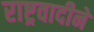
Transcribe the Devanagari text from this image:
राष्ट्रवादीने